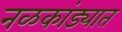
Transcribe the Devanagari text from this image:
नळकांड्यात